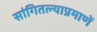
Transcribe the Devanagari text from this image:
सांगितल्याप्रमाणें